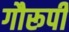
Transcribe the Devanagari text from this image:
गौरूपी